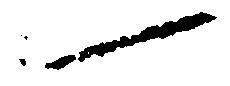
一